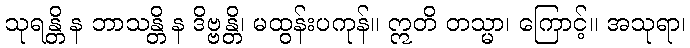
သုရန္တိ န ဘာသန္တိ န ဒိဗ္ဗန္တိ၊ မထွန်းပကုန်။ ဣတိ တသ္မာ၊ ကြောင့်။ အသုရာ၊